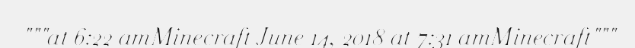
"""at 6:22 amMinecraft June 14, 2018 at 7:31 amMinecraft"""